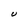
Character: U